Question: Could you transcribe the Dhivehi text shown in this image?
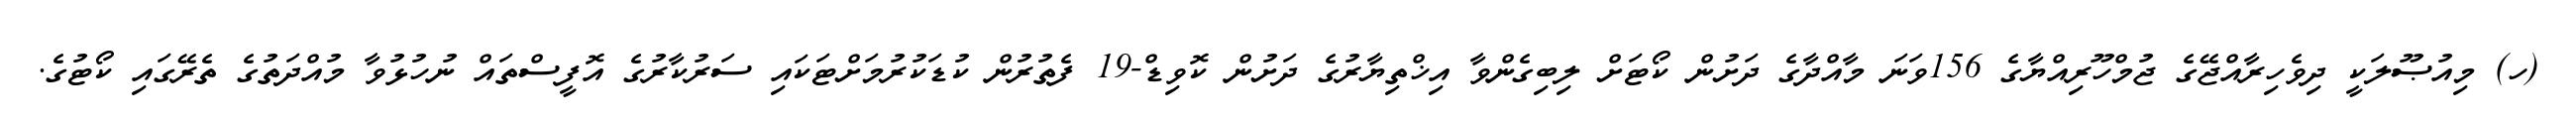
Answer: (ހ) މިއުޞޫލަކީ ދިވެހިރާއްޖޭގެ ޖުމްހޫރިއްޔާގެ 156ވަނަ މާއްދާގެ ދަށުން ކޯޓަށް ލިބިގެންވާ އިޚްތިޔާރުގެ ދަށުން ކޮވިޑް-19 ފެތުރުން ކުޑަކުރުމަށްޓަކައި ސަރުކާރުގެ އޮފީސްތައް ނުހުޅުވާ މުއްދަތުގެ ތެރޭގައި ކޯޓުގެ.